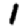
Digit: 1